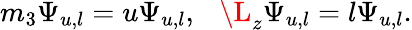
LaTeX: m_{3}\Psi_{u,l}=u\Psi_{u,l},~~~\L_{z}\Psi_{u,l}=l\Psi_{u,l}.